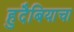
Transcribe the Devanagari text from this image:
हुदैबियाचा